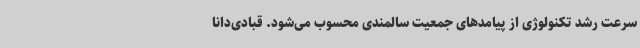
سرعت رشد تکنولوژی از پیامدهای جمعیت سالمندی محسوب می‌شود. قبادی‌دانا